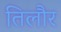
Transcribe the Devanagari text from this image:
तिलौर